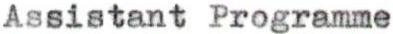
Assistant Programme